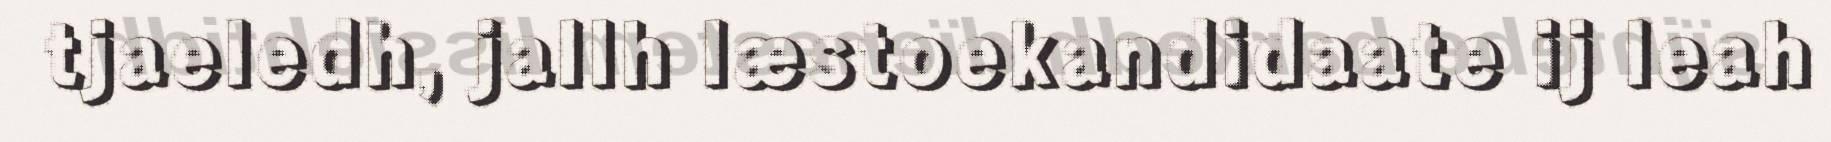
tjaeledh, jallh læstoekandidaate ij leah